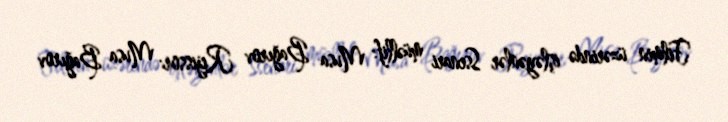
Filmin üzərində işləyənlər Ssenari müəllif: Musa Bağırov Rejissor: Musa Bağırov